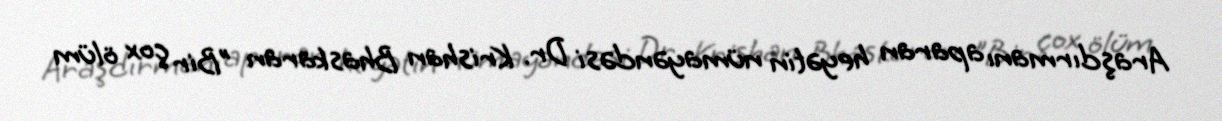
Araşdırmanı aparan heyətin nümayəndəsi Dr. Krishan Bhaskaran "Bir çox ölüm